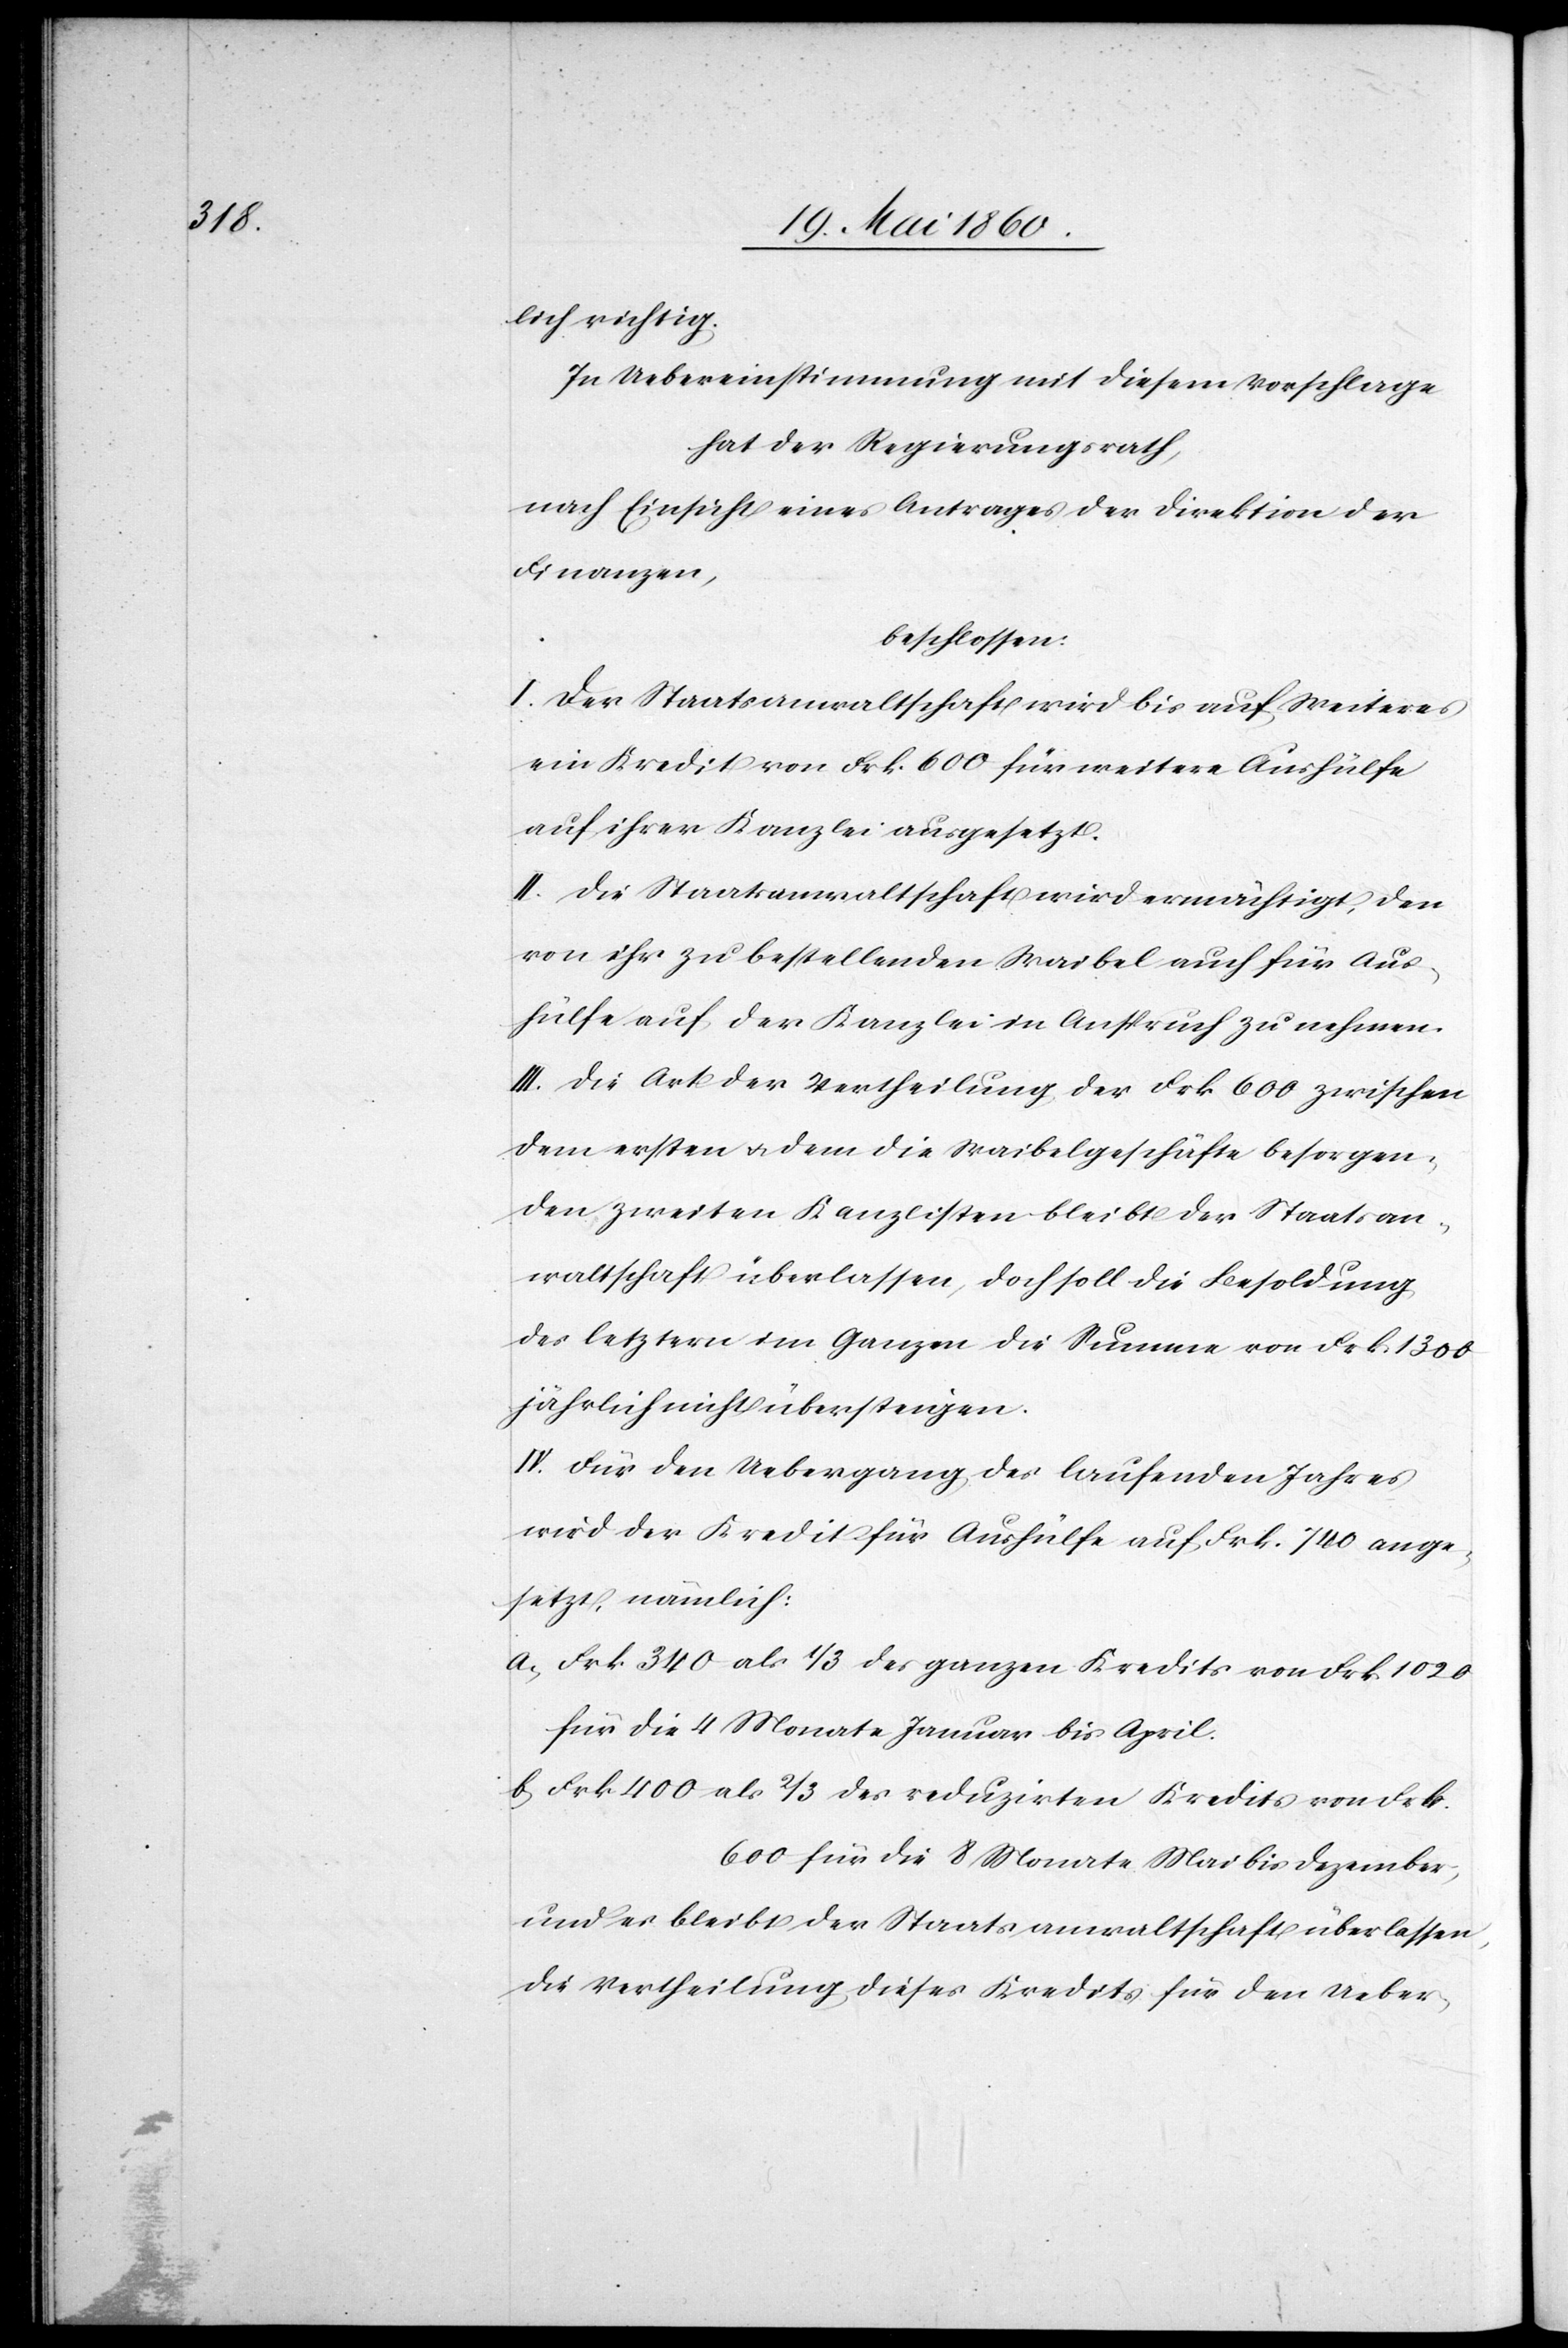
lich richtig.
In Uebereinstimmung mit diesem Vorschlage
hat der Regierungsrath,
nach Einsicht eines Antrages der Direktion der
Finanzen,
beschlossen:
I. Der Staatsanwaltschaft wird bis auf Weiteres
ein Kredit von Frk. 600 für weitere Aushülfe
auf ihrer Kanzlei ausgesetzt.
II. Die Staatsanwaltschaft wird ermächtigt, den
von ihr zu bestellenden Waibel auch für Aus¬
hülfe auf der Kanzlei in Anspruch zu nehmen.
III. Die Art der Vertheilung der Frk. 600 zwischen
dem ersten u. dem die Waibelgeschäfte besorgen¬
den zweiten Kanzlisten bleibt der Staatsan¬
waltschaft überlassen, doch soll die Besoldung
des letztern im Ganzen die Summe von Frk. 1300
jährlich nicht übersteigen.
IV. Für den Uebergang des laufenden Jahres
wird der Kredit für Aushülfe auf Frk. 740 ange¬
setzt, nämlich:
a) Frk. 340 als 1/3 des ganzen Kredits von Frk. 1020
für die 4 Monate Januar bis April.
b) Frk. 400 als 2/3 des reduzirten Kredits von Frk.
600 für die 8 Monate Mai bis Dezember,
und es bleibt der Staatsanwaltschaft überlassen,
die Vertheilung dieses Kredits für den Ueber-